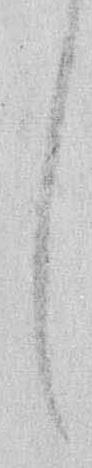
し